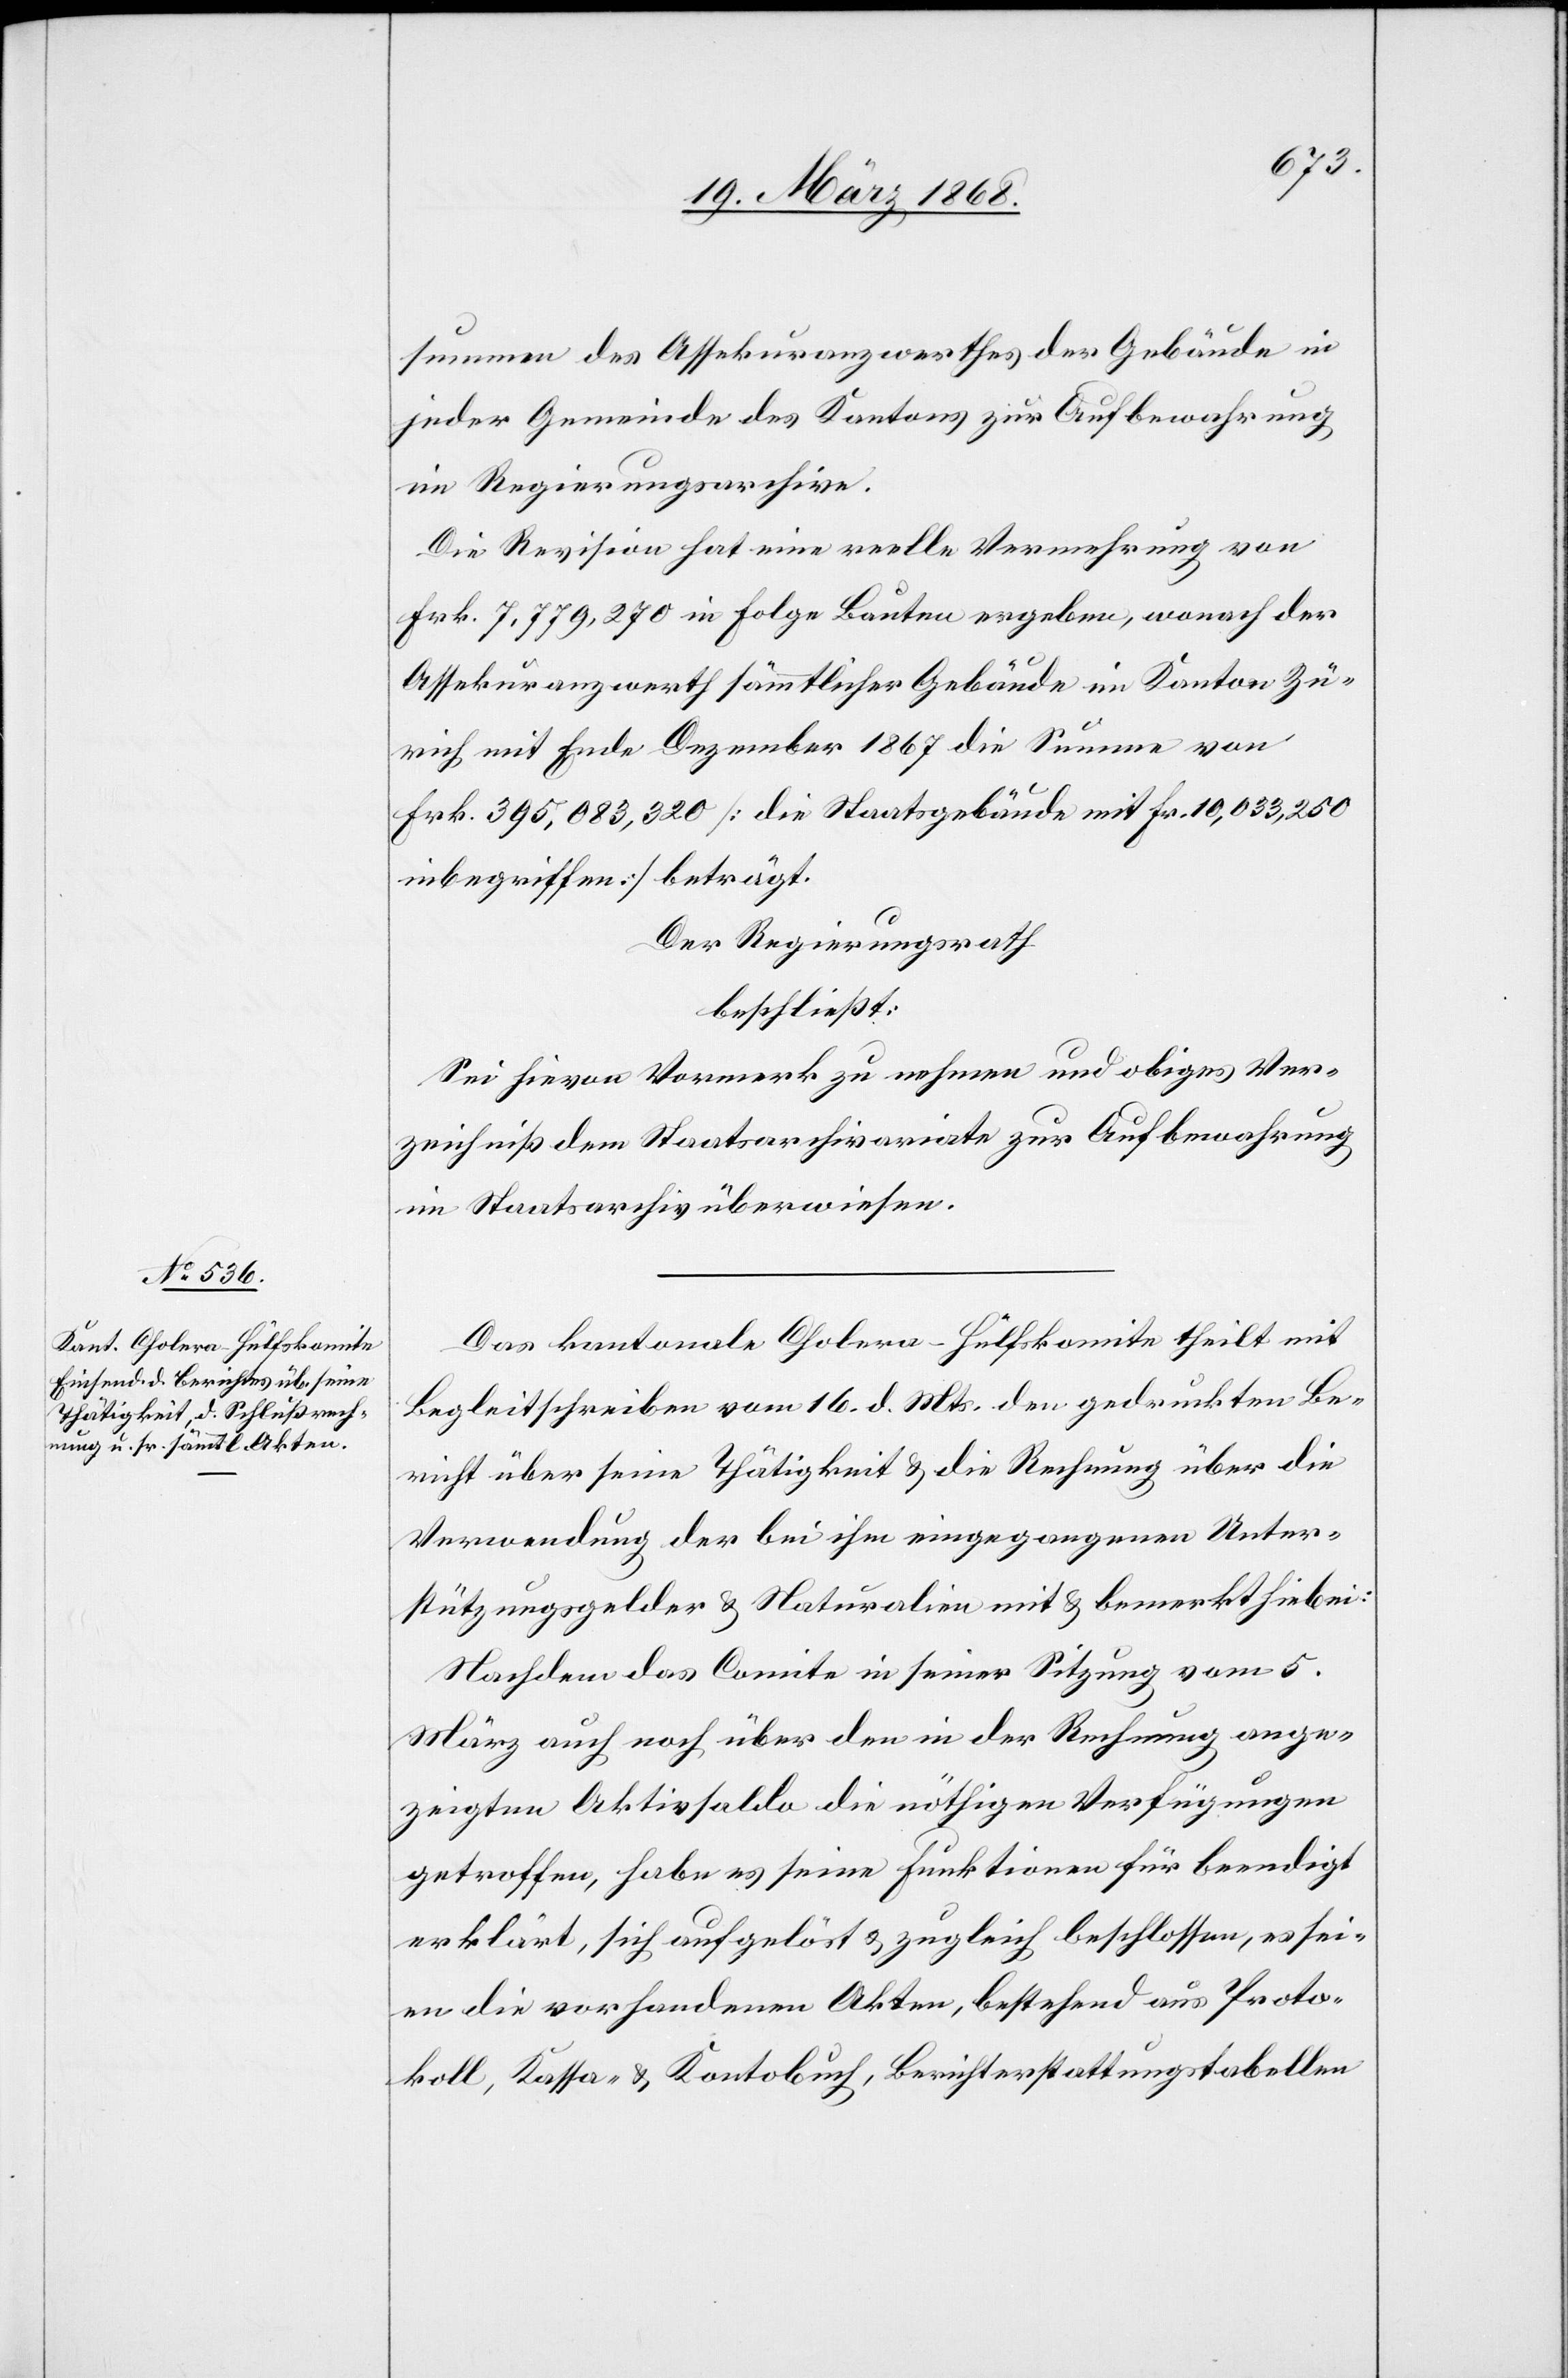
summen des Assekuranzwerthes der Gebäude in
jeder Gemeinde des Kantons zur Aufbewahrung
im Regierungsarchive.
Die Revision hat eine reelle Vermehrung von
Frk. 7,779,270 in Folge Bauten ergeben, wonach der
Assekuranzwerth sämmtlicher Gebäude im Kanton Zü¬
rich mit Ende Dezember 1867 die Summe von
Frk. 395,083,320 [die Staatsgebäude mit Fr. 10,033,250
inbegriffen] beträgt.
Der Regierungsrath
beschließt:
Sei hievon Vormerk zu nehmen und obiges Ver¬
zeichniß dem Staatsarchivariate zur Aufbewahrung
im Staatsarchiv überwiesen.
Das kantonale Cholera-Hülfskomite theilt mit
Begleitschreiben vom 16. d. Mts. den gedruckten Be¬
richt über seine Thätigkeit & die Rechnung über die
Verwendung der bei ihm eingegangenen Unter¬
stützungsgelder & Naturalien mit & bemerkt hiebei:
Nachdem das Comite in seiner Sitzung vom 5.
März auch noch über den in der Rechnung ange¬
zeigten Aktivsaldo die nöthigen Verfügungen
getroffen, habe es seine Funktionen für beendigt
erklärt, sich aufgelöst & zugleich beschlossen, es sei¬
en die vorhandenen Akten, bestehend aus Proto¬
koll, Kassa- & Kontobuch, Berichterstattungstabellen